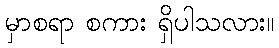
မှာစရာ စကား ရှိပါသလား။